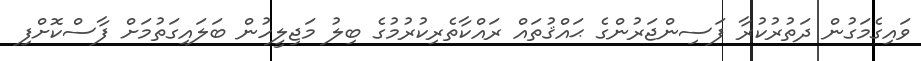
ވައިގެމަގުން ދަތުރުކުރާ ފަސިންޖަރުންގެ ޙައްޤުތައް ރައްކާތެރިކުރުމުގެ ބިލު މަޖިލީހުން ބަލައިގަތުމަށް ފާސްކޮށްފި